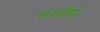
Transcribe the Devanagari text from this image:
सशीर्ष